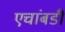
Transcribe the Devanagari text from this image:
एचांबडी